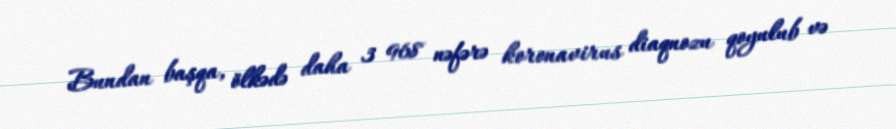
Bundan başqa, ölkədə daha 3 968 nəfərə koronavirus diaqnozu qoyulub və